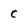
Character: c